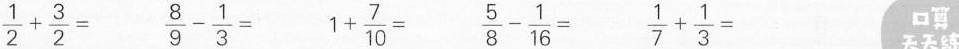
$$\frac{1}{2}+ \frac{3}{2}=$$ $$\frac{8}{9}- \frac{1}{3}=$$ $$1+ \frac{7}{10}=$$ $$\frac{5}{8}- \frac{1}{16}=$$ $$\frac{1}{7}+ \frac{1}{3}=$$ 口算